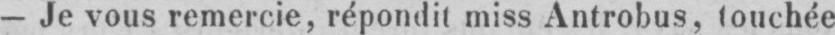
- Je vous remercie, répondit miss Antrobus, touchée